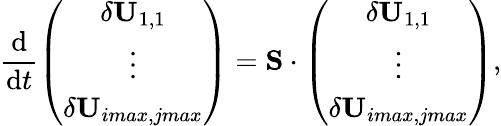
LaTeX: \frac{\mathrm{d}}{\mathrm{d}t}\left(\begin{array}{c}{\delta\mathbf{U}_{1,1}}\\ {\vdots}\\ {\delta\mathbf{U}_{imax,jmax}}\end{array}\right)=\mathbf{S}\cdot\left(\begin{array}{c}{\delta\mathbf{U}_{1,1}}\\ {\vdots}\\ {\delta\mathbf{U}_{imax,jmax}}\end{array}\right),